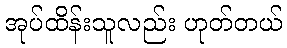
အုပ်ထိန်းသူလည်း ဟုတ်တယ်